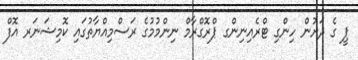
ޕީ ގެ ދަށުން ހިންގި ޓްރެއިނިންގ ޕްރޮގްރާމް ނިންމުމުގެ ރަސްމިއްޔާތުގައި ކޮމިޝަނަރ އޮފް